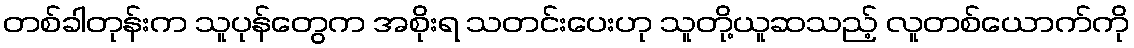
တစ်ခါတုန်းက သူပုန်တွေက အစိုးရ သတင်းပေးဟု သူတို့ယူဆသည့် လူတစ်ယောက်ကို